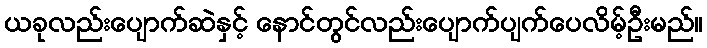
ယခုလည်းပျောက်ဆဲနှင့် နောင်တွင်လည်းပျောက်ပျက်ပေလိမ့်ဦးမည်။